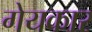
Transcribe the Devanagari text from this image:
गेयकार